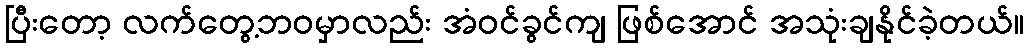
ပြီးတော့ လက်တွေ့ဘဝမှာလည်း အံဝင်ခွင်ကျ ဖြစ်အောင် အသုံးချနိုင်ခဲ့တယ်။